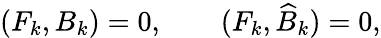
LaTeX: (F_{k},B_{k})=0,\qquad(F_{k},\widehat{B}_{k})=0,